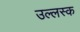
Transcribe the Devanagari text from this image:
उल्लस्क